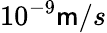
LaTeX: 10^{-9}\mathsf{m}/s